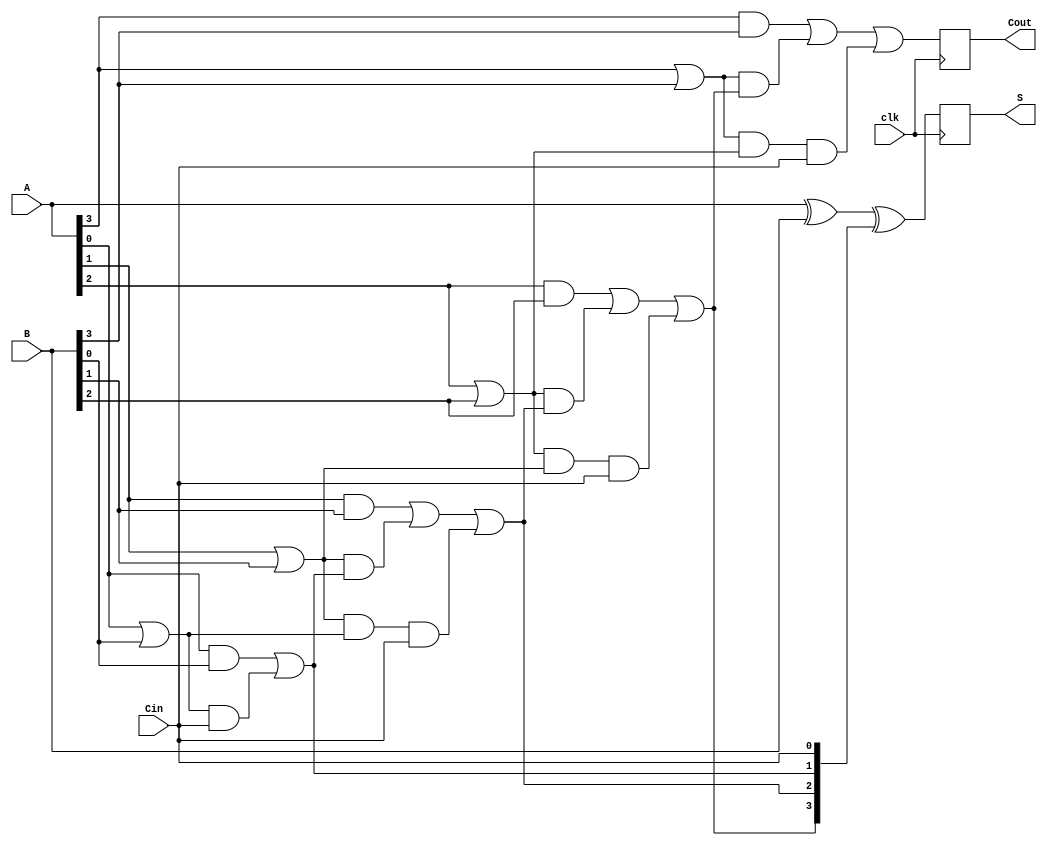
module PipelinedCLA
#(parameter N = 4) // Parameter for the bit-width of the adder
(
    input wire clk,             // Global clock signal
    input wire [N-1:0] A,      // First n-bit input
    input wire [N-1:0] B,      // Second n-bit input
    input wire Cin,             // Carry input
    output reg [N-1:0] S,      // Sum output
    output reg Cout             // Carry output
);

// Internal signals for generate and propagate
wire [N-1:0] G; // Generate signals
wire [N-1:0] P; // Propagate signals
wire [N:0] C;   // Carry signals

// Stage 1: Generate and Propagate Logic
genvar i;
generate
    for (i = 0; i < N; i = i + 1) begin : gen_prop
        assign G[i] = A[i] & B[i]; // Generate: Gi = Ai AND Bi
        assign P[i] = A[i] | B[i]; // Propagate: Pi = Ai OR Bi
    end
endgenerate

// Carry signals generation using lookahead
assign C[0] = Cin; // Initial carry is Cin

generate
    for (i = 0; i < N; i = i + 1) begin : carry_logic
        if (i == 0) begin
            assign C[i+1] = G[i] | (P[i] & C[i]); // C1 = G0 + (P0 AND Cin)
        end else begin
            assign C[i+1] = G[i] | (P[i] & C[i]) | (P[i] & P[i-1] & C[0]); // Cn = Gn + (Pn AND Cn-1) + (Pn AND Pn-1 AND C0)
        end
    end
endgenerate

// Stage 2: Sum Calculation
always @(posedge clk) begin
    S <= A ^ B ^ C[N-1:0]; // Si = Ai XOR Bi XOR Ci
    Cout <= C[N]; // Carry-out is the last carry
end

endmodule